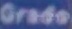
Grado